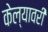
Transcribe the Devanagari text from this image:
केल्यावरी